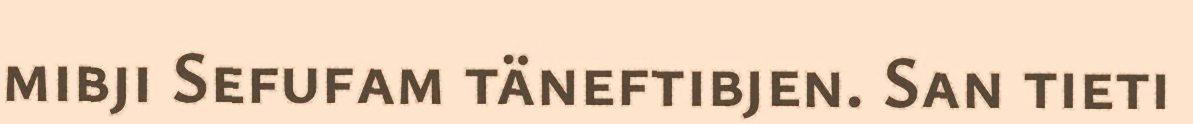
mibji Sefufam täneftibjen. San tieti